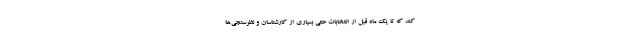
کند که تا یک ماه قبل از انتخابات حتی بسیاری از کارشناسان و نظرسنجی‌ها